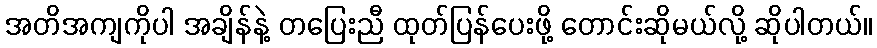
အတိအကျကိုပါ အချိန်နဲ့ တပြေးညီ ထုတ်ပြန်ပေးဖို့ တောင်းဆိုမယ်လို့ ဆိုပါတယ်။